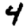
Digit: 4